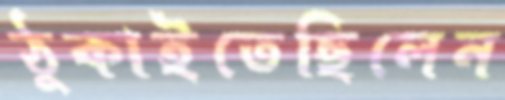
ঠুকাইতেছিলেন